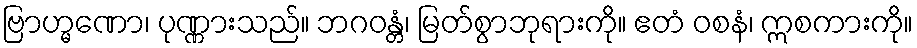
ဗြာဟ္မဏော၊ ပုဏ္ဏားသည်။ ဘဂဝန္တံ၊ မြတ်စွာဘုရားကို။ ဧတံ ဝစနံ၊ ဣစကားကို။